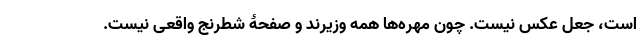
است، جعل عکس نیست. چون مهره‌ها همه وزیرند و صفحۀ شطرنج واقعی نیست.